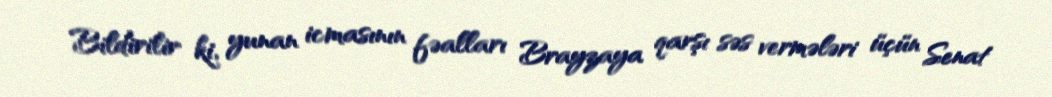
Bildirilir ki, yunan icmasının fəalları Brayzaya qarşı səs vermələri üçün Senat